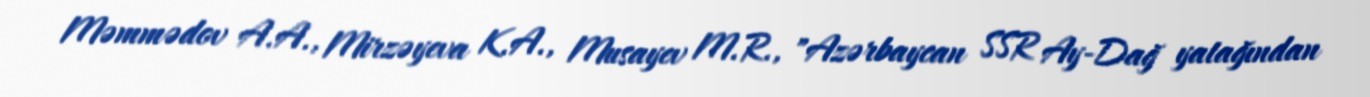
Məmmədov A.A., Mirzəyeva K.A., Musayev M.R., "Azərbaycan SSR Ay-Dağ yatağından